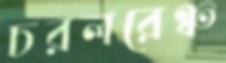
চরলরেঞ্চ